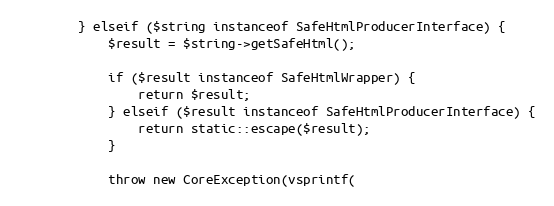
Language: PHP
        } elseif ($string instanceof SafeHtmlProducerInterface) {
            $result = $string->getSafeHtml();

            if ($result instanceof SafeHtmlWrapper) {
                return $result;
            } elseif ($result instanceof SafeHtmlProducerInterface) {
                return static::escape($result);
            }

            throw new CoreException(vsprintf(